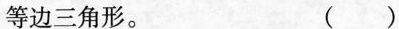
等边三角形。 ( )